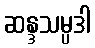
ဆန္ဒသမ္ပဒါ